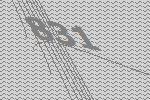
831